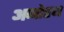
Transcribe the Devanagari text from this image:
अनोरथ